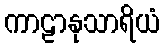
ကာဠာနုသာရိယံ